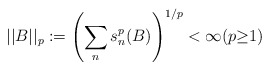
\begin{align*}||B||_p:=\left(\sum_{n}s_{n}^{p}(B)\right)^{1/p}<\infty (p{\geq}1)\end{align*}